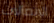
الاتصالات